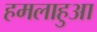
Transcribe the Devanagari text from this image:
हमलाहुआ